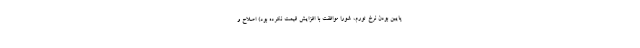
پایین بودن نرخ تورم، شورا موافقت با افزایش قیمت نکرده بود) اصلاح و